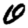
Digit: 0